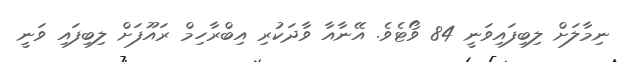
ނިމާލަށް ލިބިފައިވަނީ 84 ވޯޓެވެ. އޭނާއާ ވާދަކުރި އިބްރާހިމް ރައޫފަށް ލިބިފައި ވަނީ